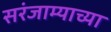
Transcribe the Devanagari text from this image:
सरंजाम्याच्या